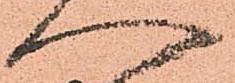
へ